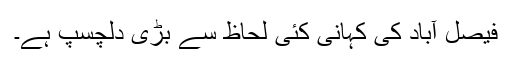
فیصل آباد کی کہانی کئی لحاظ سے بڑی دلچسپ ہے۔